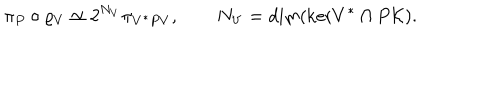
\pi _ { P } \circ \varrho _ { V } \simeq 2 ^ { N _ { V } } \pi _ { V ^ { * } P V } , \qquad N _ { V } = \mathrm { d i m } ( \mathrm { k e r } V ^ { * } \cap P { \cal K } ) .